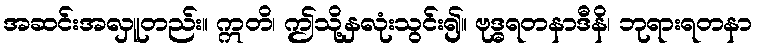
အဆင်းအလှူတည်း။ ဣတိ၊ ဤသို့နှလုံးသွင်း၍။ ဗုဒ္ဓရတနာဒီနိ၊ ဘုရားရတနာ